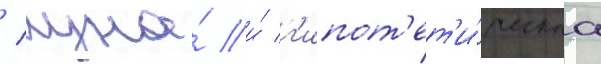
/ луна́ и́ г'ипот'ет'и́ческаа